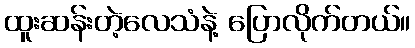
ထူးဆန်းတဲ့လေသံနဲ့ ပြောလိုက်တယ်။